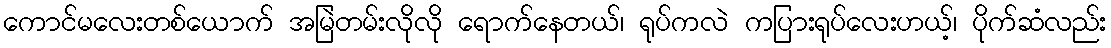
ကောင်မလေးတစ်ယောက် အမြဲတမ်းလိုလို ရောက်နေတယ်၊ ရုပ်ကလဲ ကပြားရုပ်လေးဟယ့်၊ ပိုက်ဆံလည်း